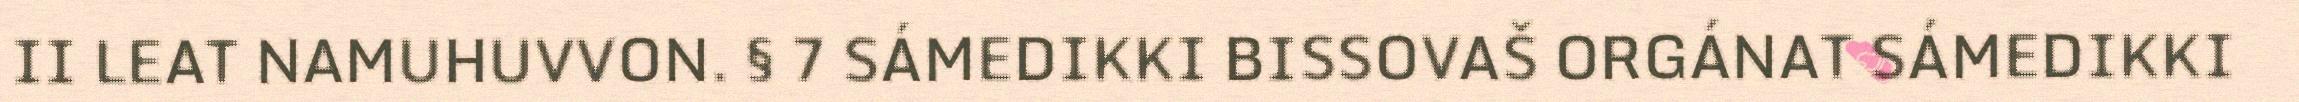
II LEAT NAMUHUVVON. § 7 SÁMEDIKKI BISSOVAŠ ORGÁNAT SÁMEDIKKI